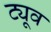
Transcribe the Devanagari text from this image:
ट्यूव